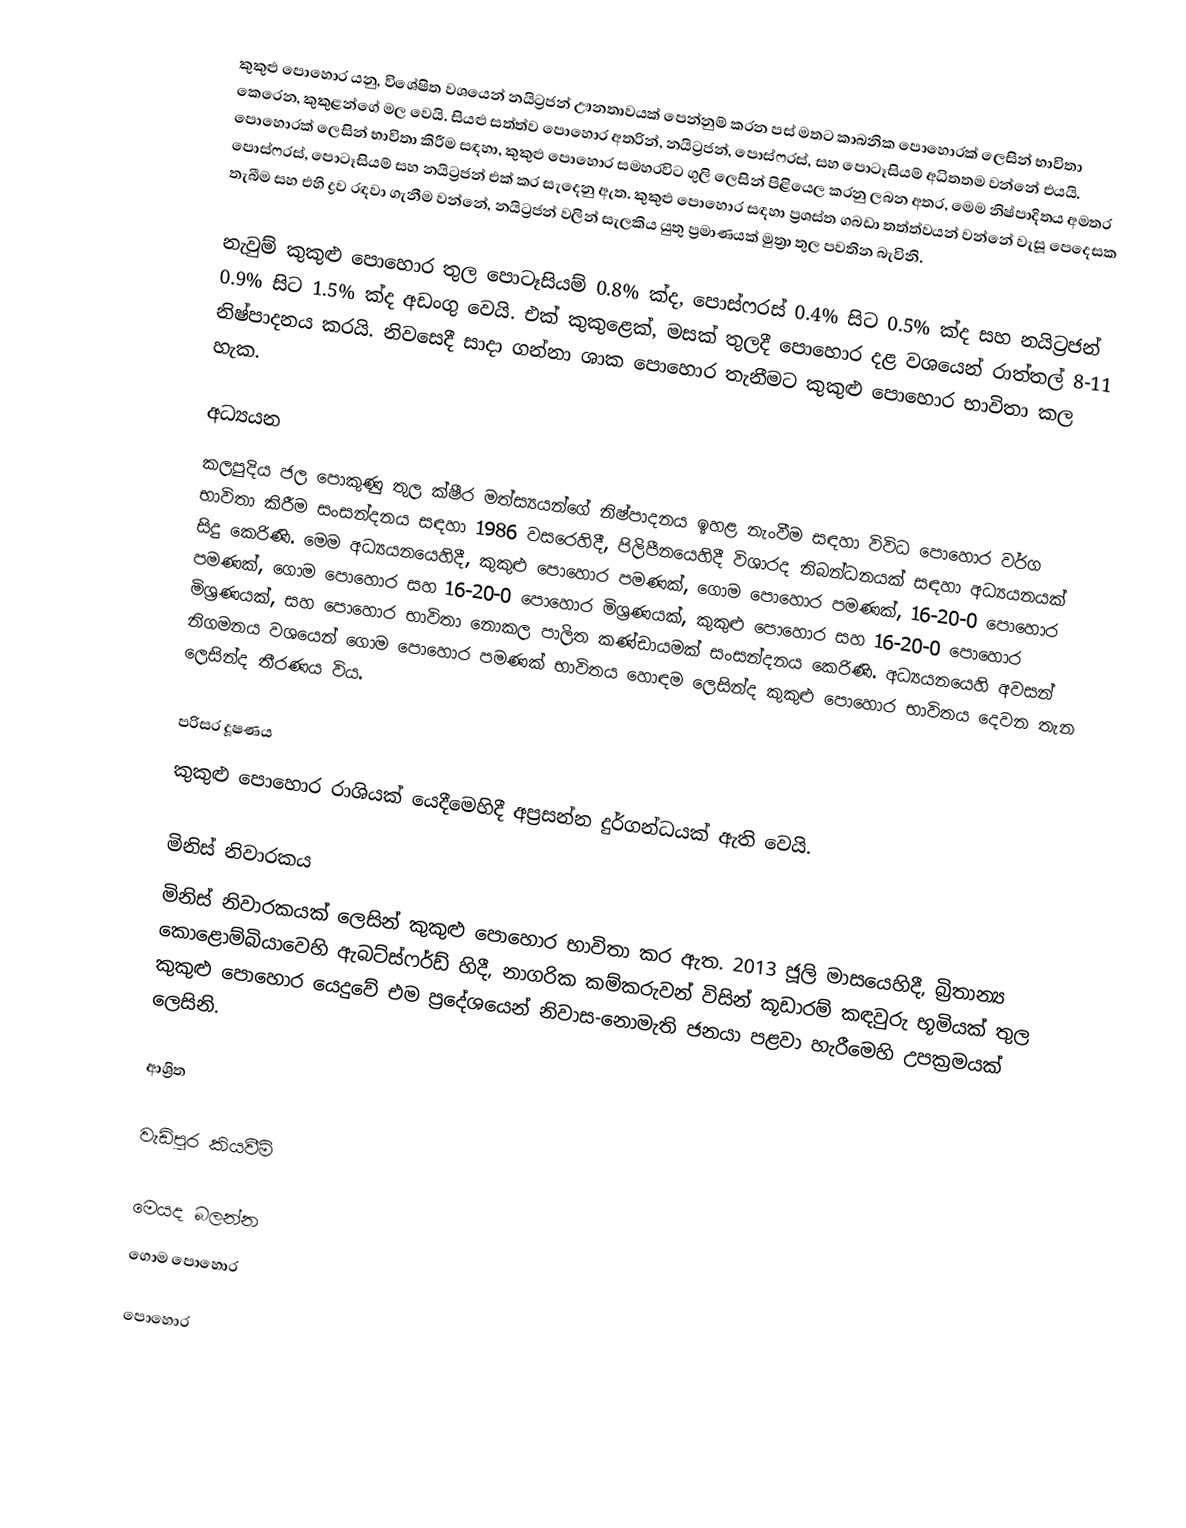
කුකුළු පොහොර යනු, විශේෂිත වශයෙන් නයිට්‍රජන් ඌනතාවයක් පෙන්නුම් කරන පස් මතට කාබනික පොහොරක් ලෙසින් භාවිතා කෙරෙන, කුකුළන්ගේ මල වෙයි. සියළු සත්ත්ව පොහොර අතරින්, නයිට්‍රජන්, පොස්ෆරස්, සහ පොටෑසියම් අධිතතම වන්නේ එයයි.  පොහොරක් ලෙසින් භාවිතා කිරීම සඳහා, කුකුළු පොහොර සමහරවිට ගුලි ලෙසින් පිළියෙල කරනු ලබන අතර, මෙම නිෂ්පාදිතය අමතර පොස්ෆරස්, පොටෑසියම් සහ නයිට්‍රජන් එක් කර සැදෙනු ඇත.  කුකුළු පොහොර සඳහා ප්‍රශස්ත ගබඩා තත්ත්වයන් වන්නේ වැසූ පෙදෙසක තැබීම සහ එහි ද්‍රව රඳවා ගැනීම වන්නේ, නයිට්‍රජන් වලින් සැලකිය යුතු ප්‍රමාණයක් මුත්‍රා තුල පවතින බැවිනි.

නැවුම් කුකුළු පොහොර තුල පොටෑසියම් 0.8% ක්ද, පොස්ෆරස් 0.4%  සිට 0.5% ක්ද සහ නයිට්‍රජන් 0.9%  සිට 1.5% ක්ද අඩංගු වෙයි.  එක් කුකුළෙක්, මසක් තුලදී පොහොර දළ වශයෙන් රාත්තල්  8-11 නිෂ්පාදනය කරයි.  නිවසෙදී සාදා ගන්නා ශාක පොහොර තැනීමට කුකුළු පොහොර භාවිතා කල හැක.

අධ්‍යයන
කලපුදිය ජල පොකුණු තුල ක්ෂීර මත්ස්‍යයන්ගේ නිෂ්පාදනය ඉහළ නැංවීම සඳහා විවිධ පොහොර වර්ග භාවිතා කිරීම සංසන්දනය සඳහා  1986 වසරෙහිදී, පිලිපීනයෙහිදී විශාරද නිබන්ධනයක් සඳහා අධ්‍යයනයක් සිදු කෙරිණි.  මෙම අධ්‍යයනයෙහිදී, කුකුළු පොහොර පමණක්,   ගොම පොහොර පමණක්, 16-20-0 පොහොර පමණක්, ගොම පොහොර සහ  16-20-0 පොහොර මිශ්‍රණයක්, කුකුළු පොහොර සහ  16-20-0 පොහොර මිශ්‍රණයක්, සහ පොහොර භාවිතා නොකල පාලිත කණ්ඩායමක් සංසන්දනය කෙරිණි.  අධ්‍යයනයෙහි අවසන් නිගමනය වශයෙන් ගොම පොහොර පමණක් භාවිතය  හොඳම ලෙසින්ද කුකුළු පොහොර භාවිතය දෙවන තැන ලෙසින්ද තීරණය විය.

පරිසර දූෂණය
කුකුළු පොහොර රාශියක් යෙදීමෙහිදී අප්‍රසන්න දුර්ගන්ධයක් ඇති වෙයි.

මිනිස් නිවාරකය
මිනිස් නිවාරකයක් ලෙසින් කුකුළු පොහොර භාවිතා කර ඇත. 2013 ජූලි මාසයෙහිදී, බ්‍රිතාන්‍ය කොළොම්බියාවෙහි ඇබට්ස්ෆර්ඩ් හිදී, නාගරික කම්කරුවන් විසින් කූඩාරම් කඳවුරු භූමියක් තුල කුකුළු පොහොර යෙදුවේ එම ප්‍රදේශයෙන් නිවාස-නොමැති ජනයා පළවා හැරීමෙහි උපක්‍රමයක් ලෙසිනි.

ආශ්‍රිත

වැඩිපුර කියවීම්

මෙයද බලන්න
 ගොම පොහොර

පොහොර